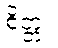
စိတ္တံ။